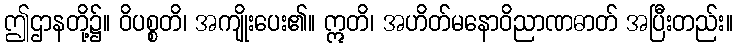
ဤဌာနတို့၌။ ဝိပစ္စတိ၊ အကျိုးပေး၏။ ဣတိ၊ အဟိတ်မနောဝိညာဏဓာတ် အပြီးတည်း။